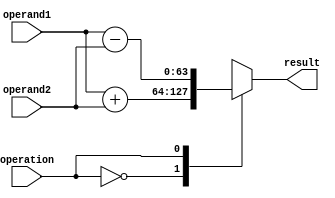
module double_precision_floating_point_unit (
    input wire [63:0] operand1,
    input wire [63:0] operand2,
    input wire operation,
    output reg [63:0] result
);

always @(*) begin
    case(operation)
        2'b00: result = operand1 + operand2; // Addition
        2'b01: result = operand1 - operand2; // Subtraction
        2'b10: result = operand1 * operand2; // Multiplication
        2'b11: result = operand1 / operand2; // Division
    endcase
end

endmodule